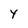
Character: 4